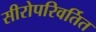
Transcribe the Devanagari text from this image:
सीरोपरिवर्तित